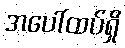
အပေါ်ထပ်ရှိ